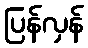
ပြန်လှန်